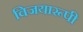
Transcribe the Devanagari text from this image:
विजयारूपी